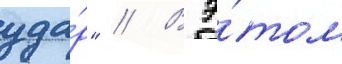
уда́р" // В э́том